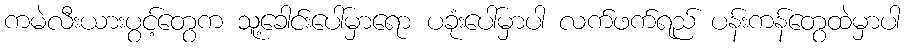
ကမဲလီးယားပွင့်တွေက သူ့ခေါင်းပေါ်မှာရော ပခုံးပေါ်မှာပါ လက်ဖက်ရည် ပန်းကန်တွေထဲမှာပါ